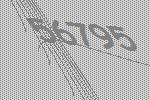
56795